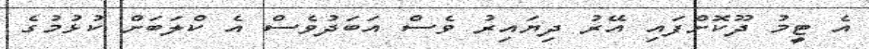
އެ ޓީމު ދޫކޮށްފައި އޭރު ދިޔައިރު ވެސް އަބަދުވެސް އެ ކްލަބަށް ކުޅުމުގެ